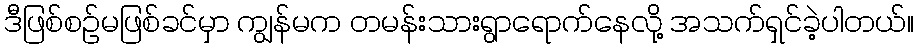
ဒီဖြစ်စဉ်မဖြစ်ခင်မှာ ကျွန်မက တမန်းသားရွာရောက်နေလို့ အသက်ရှင်ခဲ့ပါတယ်။